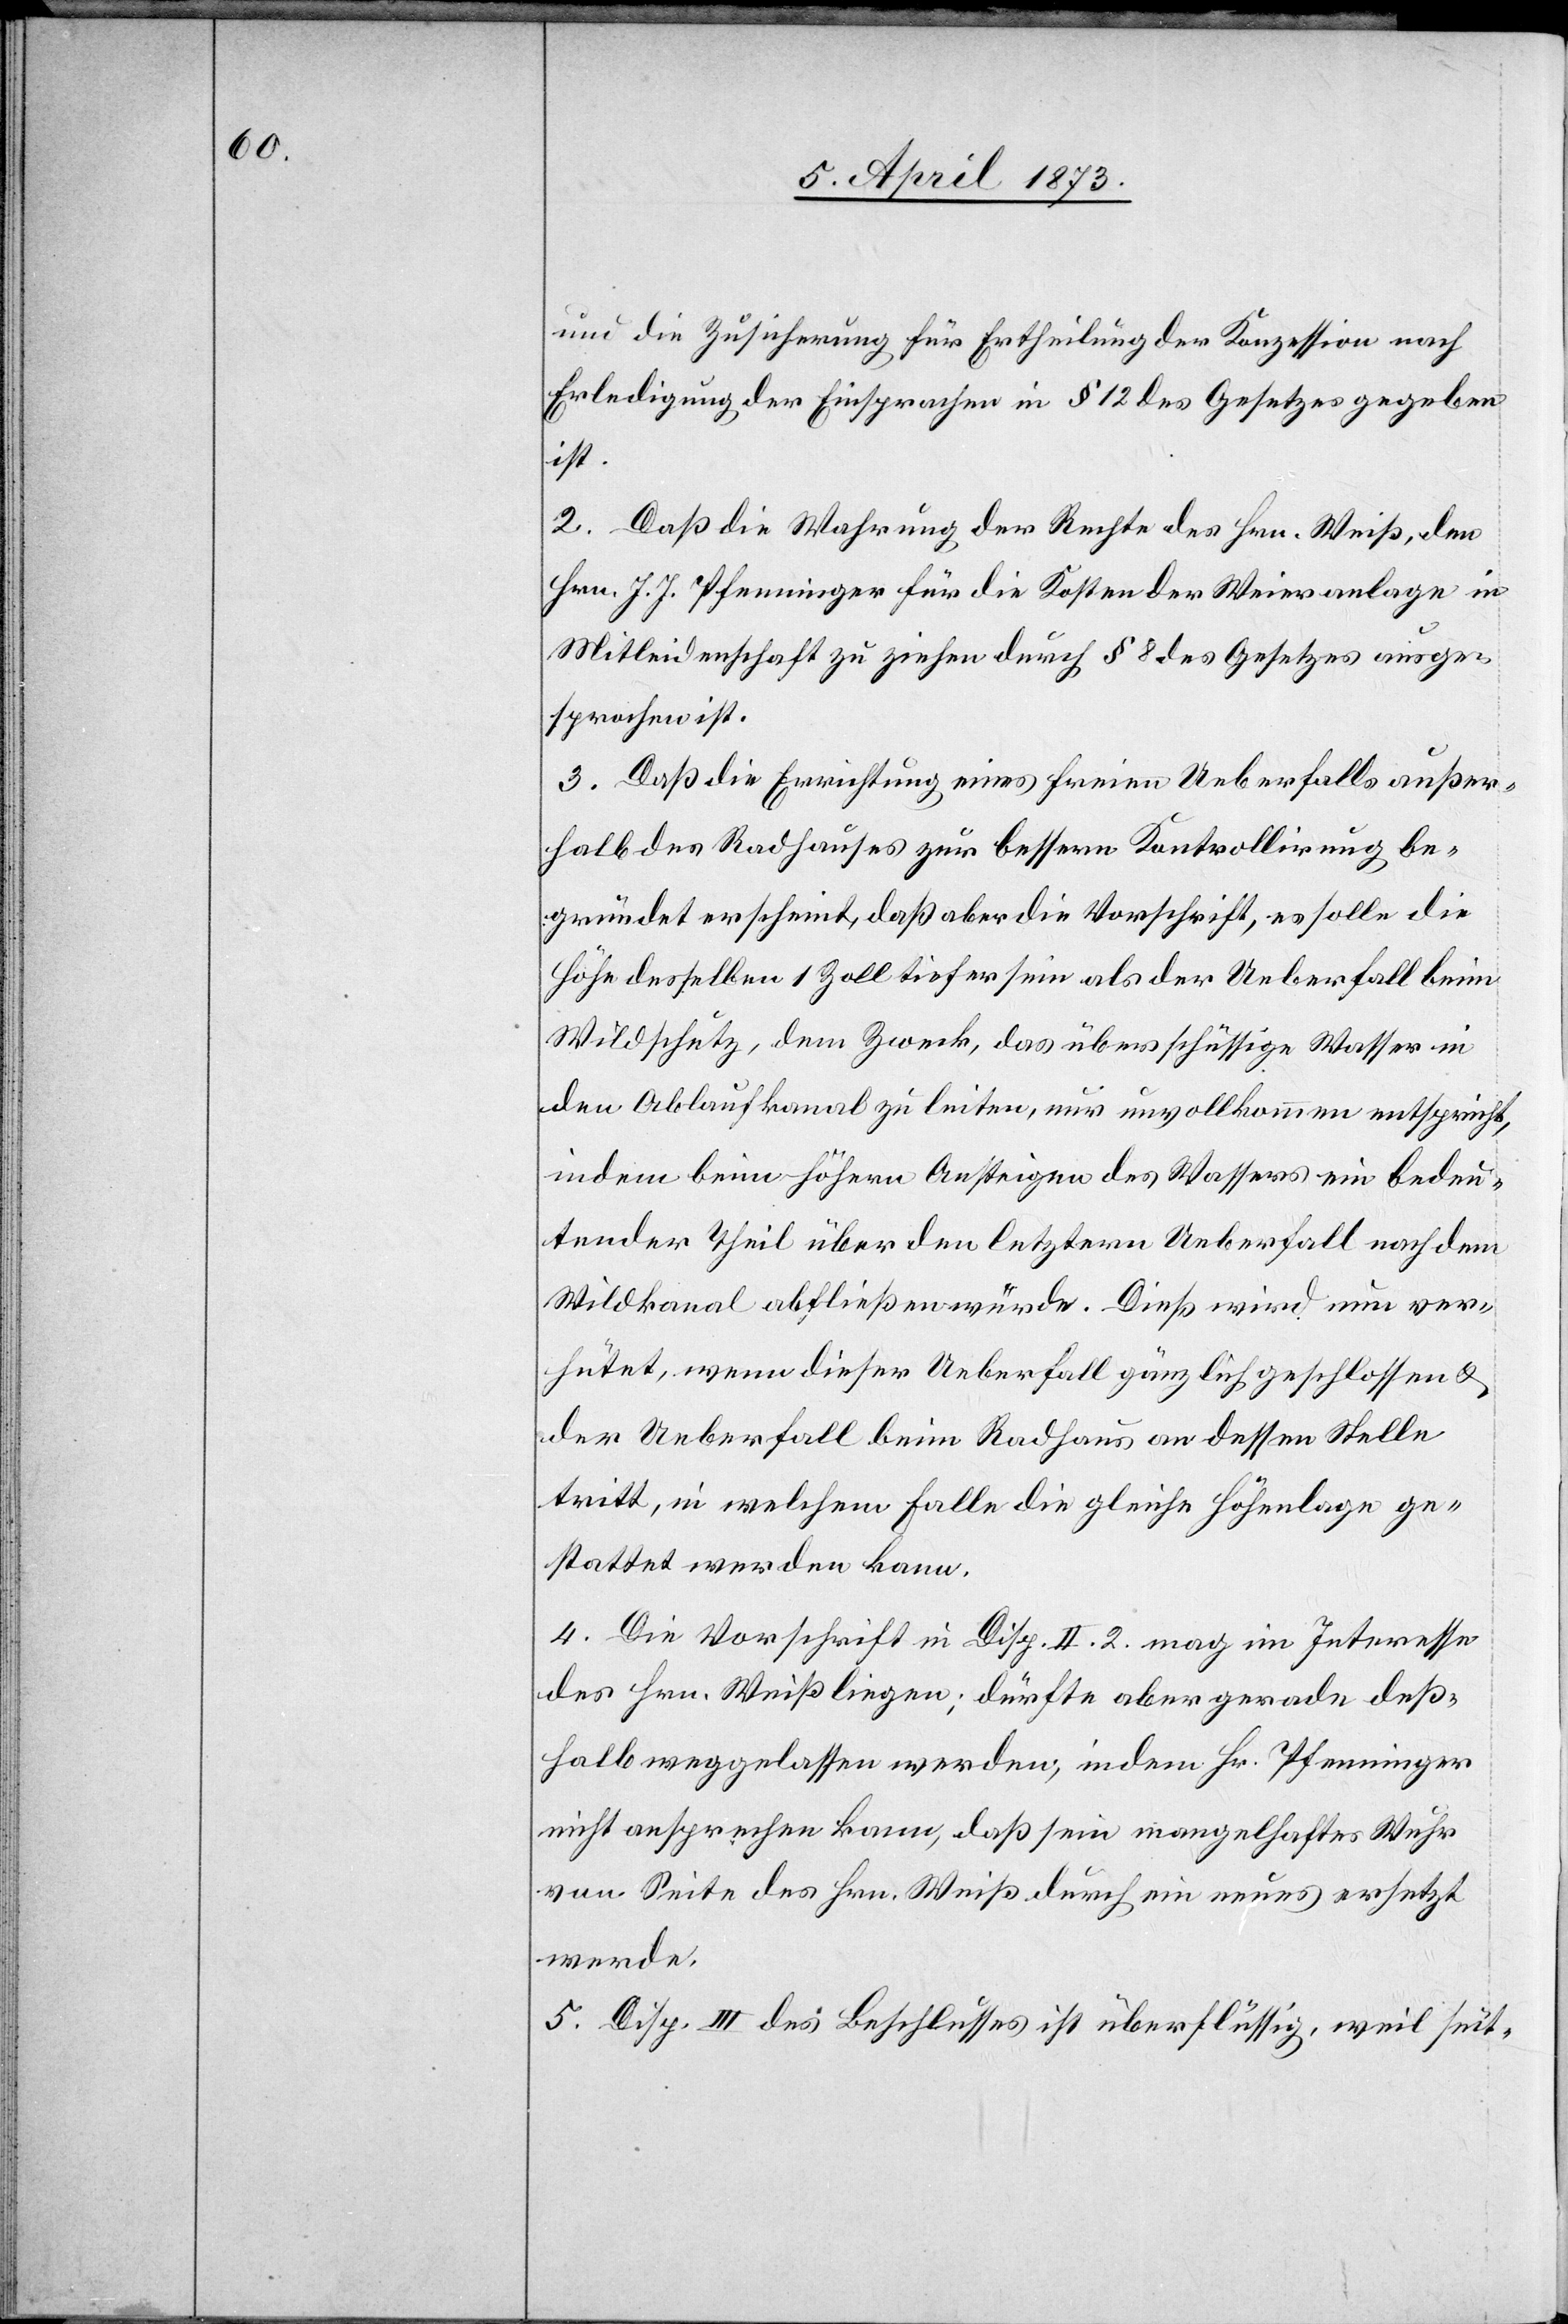
und die Zusicherung für Ertheilung der Konzession nach
Erledigung der Einsprachen in § 12 des Gesetzes gegeben
ist.
2. Daß die Wahrung der Rechte des Hrn. Weiß, den
Hrn. J. J. Pfenninger für die Kosten der Weieranlage in
Mitleidenschaft zu ziehen durch § 8 des Gesetzes ausge¬
sprochen ist.
3. Daß die Errichtung eines freien Ueberfalls außer¬
halb des Radhauses zur bessern Kontrollirung be¬
gründet erscheint, daß aber die Vorschrift, es solle die
Höhe desselben 1 Zoll tiefer sein als der Ueberfall beim
Wildschutz, dem Zweck, das überschüssige Wasser in
den Ablaufkanal zu leiten, nur unvollkommen entspricht,
indem beim höhern Ansteigen des Wassers ein bedeu¬
tender Theil über den letztern Ueberfall nach dem
Wildkanal abfließen würde. Dieß wird nun ver¬
hütet, wenn dieser Ueberfall gänzlich geschlossen u.
der Ueberfall beim Radhaus an dessen Stelle
tritt, in welchem Falle die gleiche Höhenlage ge¬
stattet werden kann.
4. Die Vorschrift in Disp. II. 2. mag im Interesse
des Hrn. Weiß liegen; dürfte aber gerade deß¬
halb weggelassen werden, indem Hr. Pfenninger
nicht ansprechen kann, daß sein mangelhaftes Wuhr
von Seite des Hrn. Weiß durch ein neues ersetzt
werde.
5. Disp. III des Beschlusses ist überflüssig, weil seit-